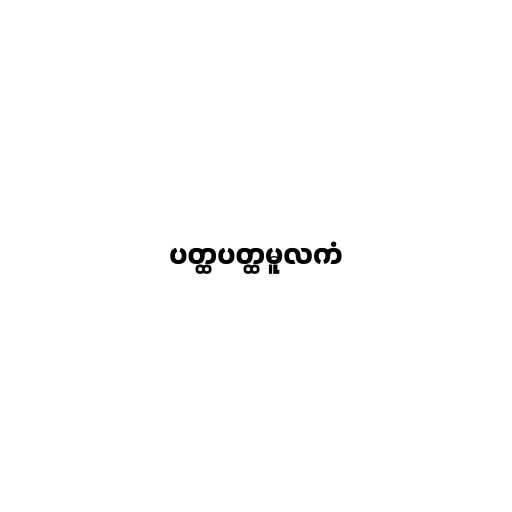
ပတ္ထပတ္ထမူလကံ